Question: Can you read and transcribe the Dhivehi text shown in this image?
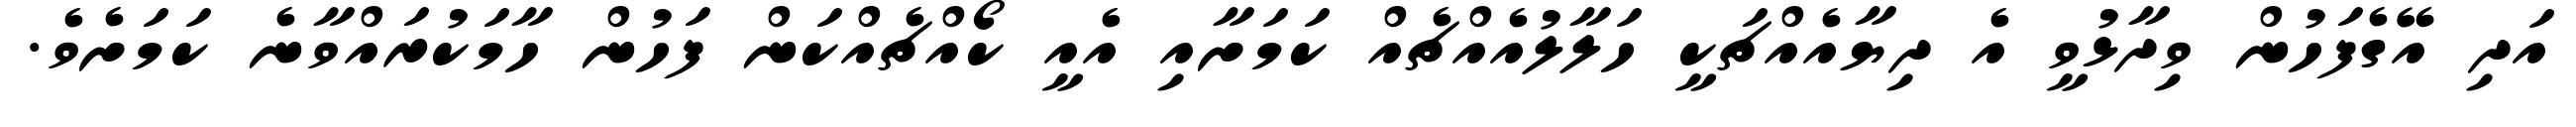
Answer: އަދި އޭގެފަހުން ވިދާޅުވީ އެ ދިޔާއެއްޗަކީ ހަލާލުއެއްޗެއް ކަމަށާއި އެއީ ކޯއްޗެއްކަން ފަހުން ހާމަކުރައްވާނެ ކަމަށެވެ.